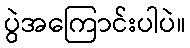
ပွဲအကြောင်းပါပဲ။